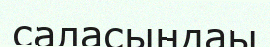
саласындаы